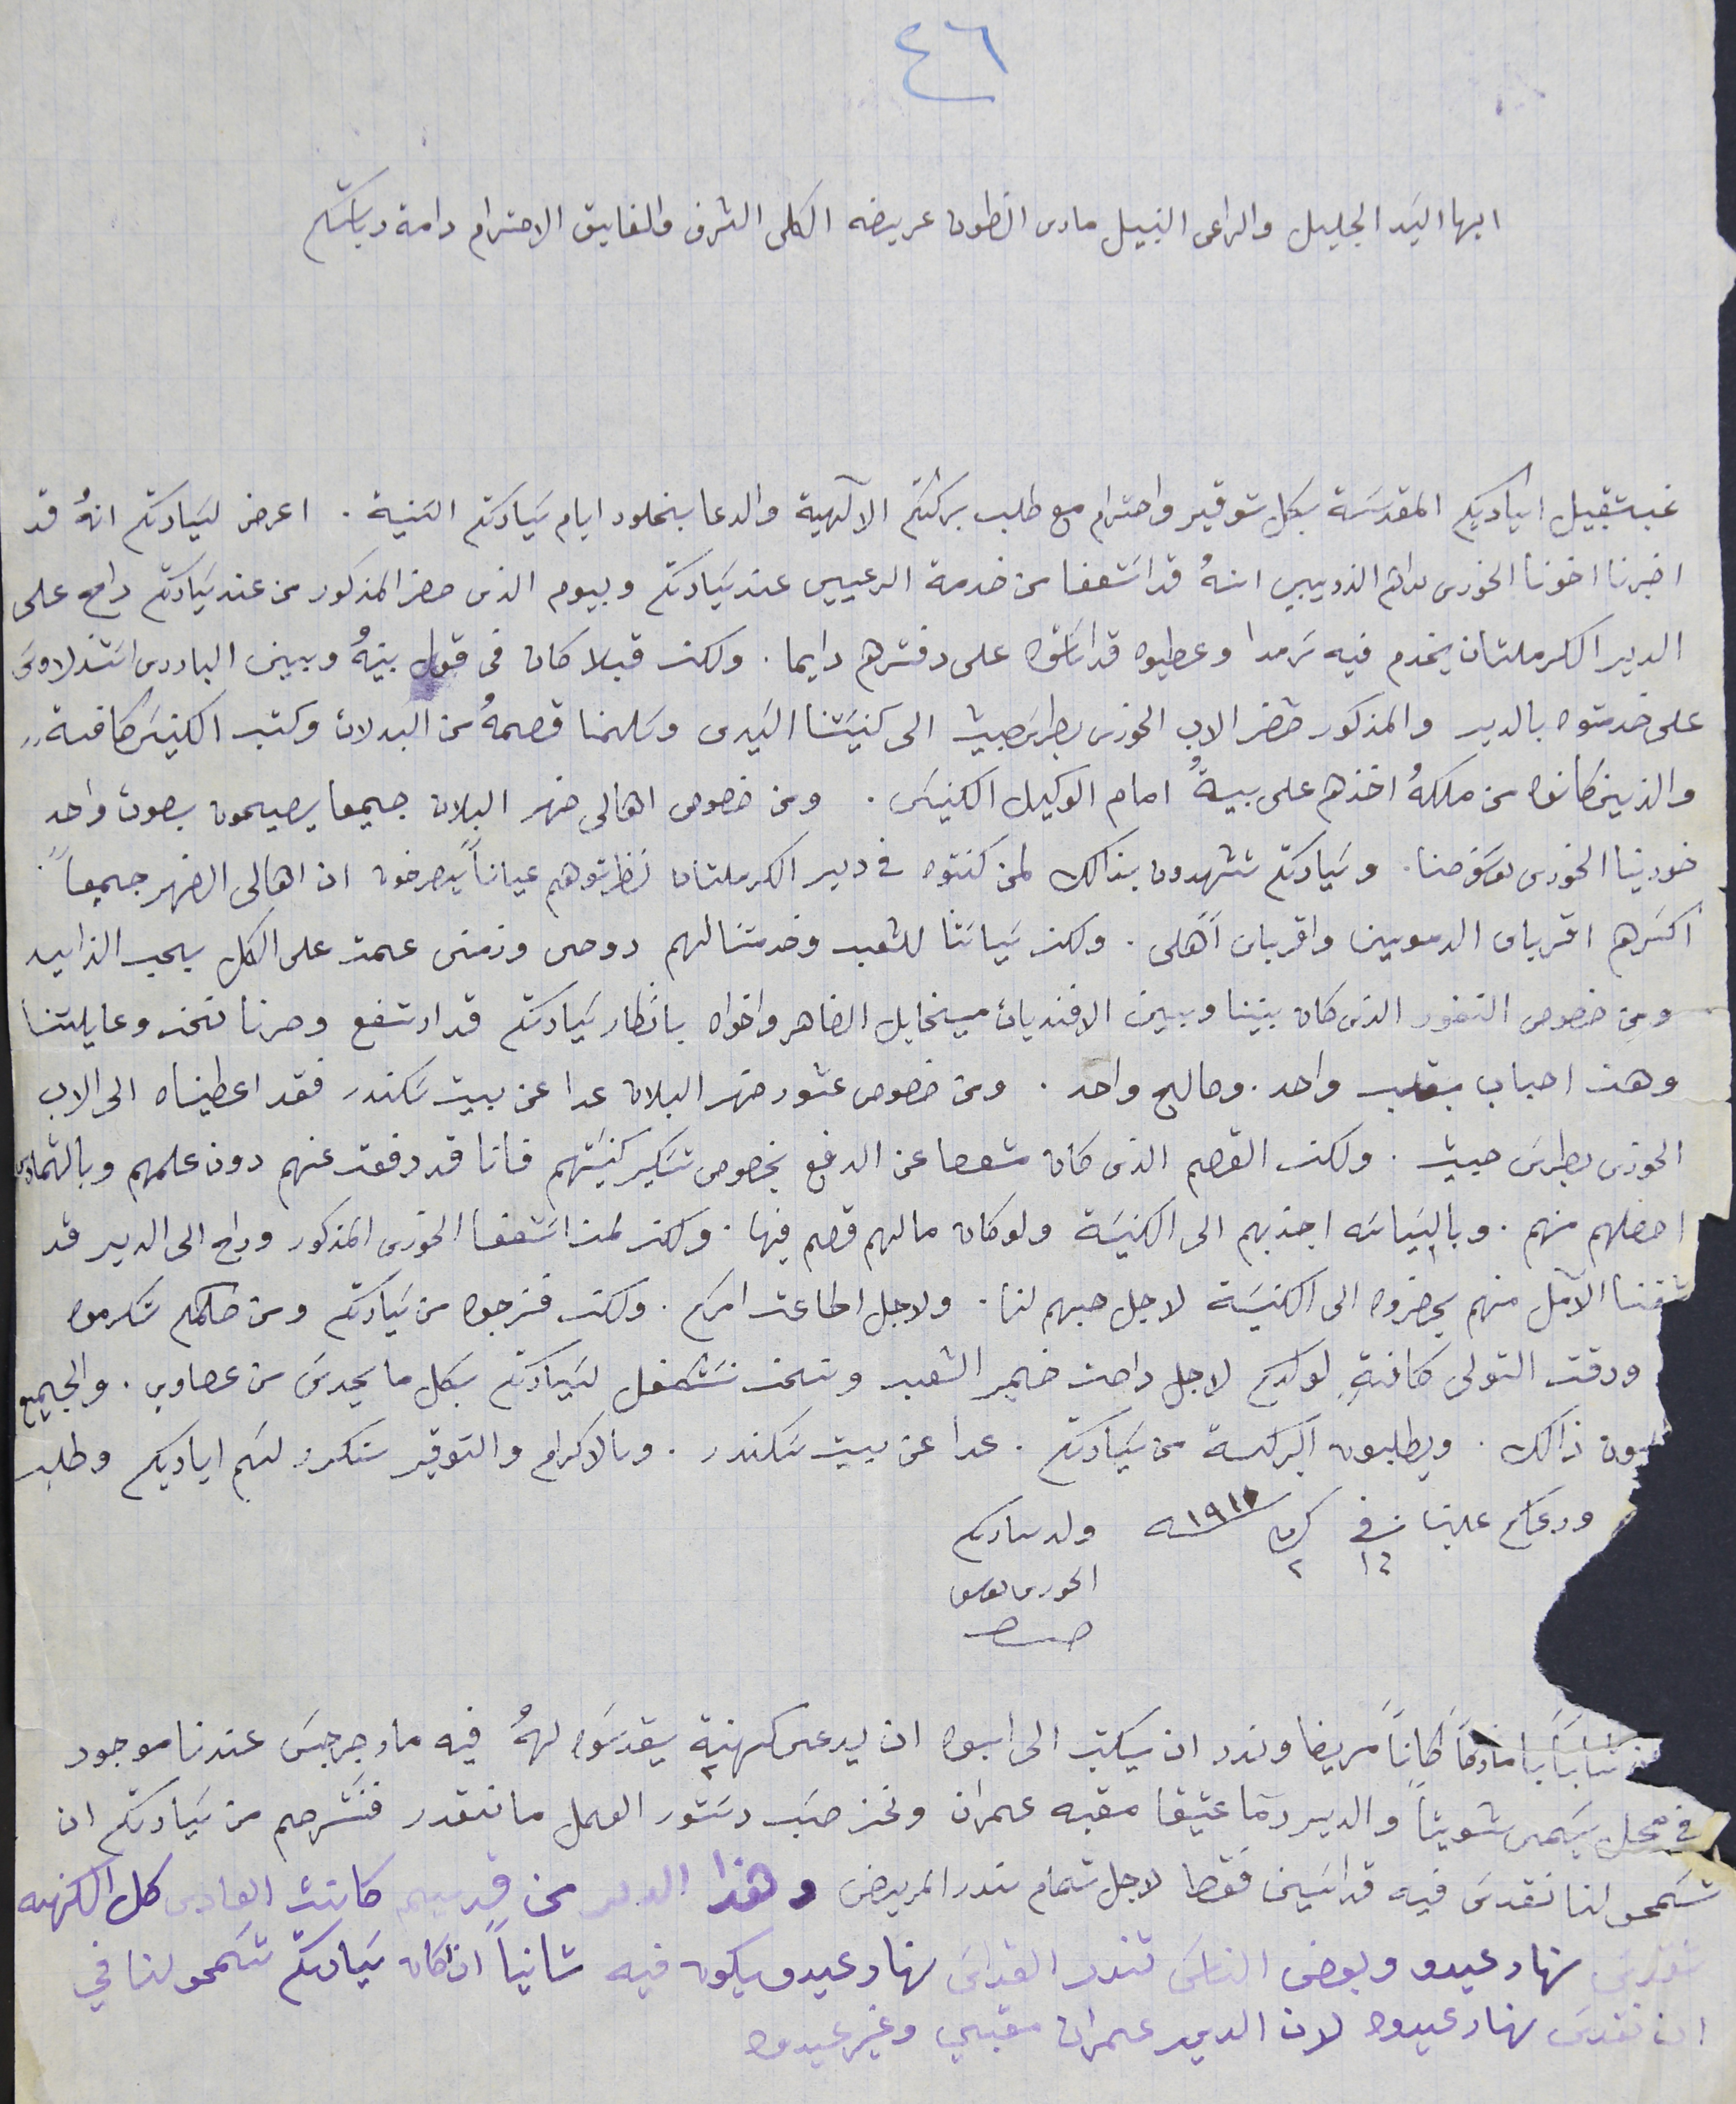
ايها السَيد الجليل والراعى النبيل مارى انطون عريضه الكلى الشرف والفايق الاحترام دامة رياستكم
غب تقبيل اياديكم المقدسَة بكل توقير واحترام مع طلب بركتكم الآلهية والدعا بخلود ايام سَيادتكم السَنية. اعرض لسَيادتكم انهُ قد
اخبرنا اخونا الخورى بركات الذريبي انهُ قد اسَتعفا من خدمة الرعييى عند سَيادتكم وبيوم الذى حضر المذكور من عند سَيادتكم راح على
الدير الكرملتان يخدم فيه ترمدا وعطيوه قداسات على دفترهم دايما. ولكن قبلا كان في قول بينهُ وبين البادرى اسَتذلاوسَ
على خدمتوه بالدير والمذكور حضر الاب الخورى بطرسَ حبيب الى كنيسَتنا السَيدى وسَلمنا قصمهُ من البدلات وكتب الكنيسَ كافةٍ
والذين كانوا من ملكهُ اخذهم على بيةُ امام الوكيل الكنيسَى. ومن خصوص اهالى ضهر البلان جميعا يصيحون بصوت واحد
خورينا الخورى يوسَف حنا. وسَيادتكم تشهدون بذالك لمن كنتوه في دير الكرملتان نظرتوهم عياناً يصرخون ان اهالى الضهر جميعاً
اكثرهم اقرباى الدموين واقرباى اًهلى. ولكن سَياسَتنا للشعب وخدمتنا لهم روحى وزمنى عمت على الكل بحب الزايد
ومن خصوص النفور الذى كان بيننا وبين الافنديان ميخايل الضاهر واخواه بانظار سَيادتكم قد ارتفع وصرنا نحن وعايلتنا
وهذ احباب بقلب واحد. وصالح واحد. ومن خصوص عشور ضهر البلان عدا عن بيت سَكندر فقد اعطيناه الى الاب
الخورى بطرسَ حبيش. ولكن القصم الذى كان مستعفا عن الدفع بخصوص تسَكير كنيسَتهم فانا قد دفعت عنهم دون علمهم وبالتمادى
احصلهم منهم. وبالسَياسَه اجذبهم الى الكنيسَة ولو كان ما لهم قصم فيها. ولكن لمن اسَتـعفا الخورى المذكور وراح الى الدير قد
شفنا الآمل منهم يحضروا الى الكنيسَة لاجل حبهم لنا. ولاجل اطاعت امركم. ولكن فنرجوه من سَيادتكم ومن حكمكم تكرموه
ورقت التولى كافةٍ لولدكم لاجل راحت ضمير الشعب ونحن نسَتكفل لسَيادتكم بكل ما يحدسَ من عصاوي. والجميع
دون ذالك. ويطلبون البركة من سَيادتكم. عدا عن بيت سَكندر. وىالاكرام والتوقير سنكرر لثم اياديكم وطلب
ودعاكم علينا فى ١٤ ك٢ سنه ١٩١٠ ولد سىادىكم الخورى ىوسف
 الحورى ىوسف
 كانًا مريضا ونرد ان يكتب الى ابوه ان يدعى كهنة ٢ يقدسَو لهُ فيه مار جرجسَ عندنا موجود
في محل يسَمى شويتا والدير رما عتيقا مقبه عمران ونحن حسَب دسَتور العمل ما نقدر فنسَترحم من سَيادتكم ان
تسَمحو لنا نقدسَ فيه قداسَين فقط لاجل تمام ندر المريض وهذا الدىر من قديم كانت العادى كل الكهنه
تقدسَ نهار عيدو وبعض الناسَ تندر القداسَ نهار عيدو يكون فيه ثانيا اذ كان سَيادتكم تسَمحو لنا في
ان نقدس نهار عيدوه لان الدير عمران مقبي وغير عيدوا
٤٦
حىا